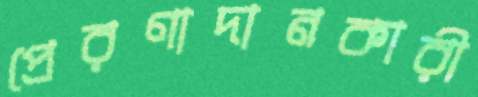
প্রেরণাদানকারী